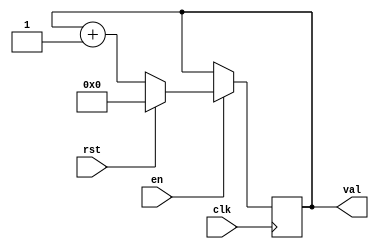
module counter4b
	(
	input en,rst,clk,
	output reg  [3:0] val
	);
	always@(posedge clk)
	begin
	if(en==1)
	 begin
		if(rst==1) val<=0;
		else val<=val+1;
	end
	end
	endmodule